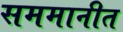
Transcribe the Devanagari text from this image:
सममानीत